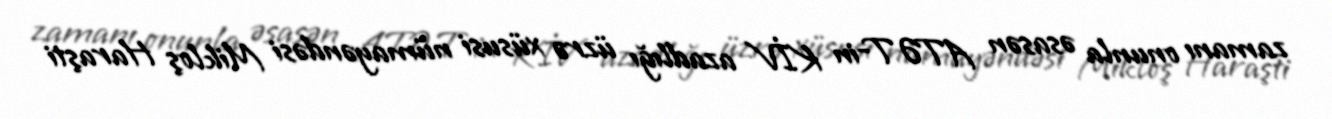
zamanı onunla əsasən ATƏT-in KİV azadlığı üzrə xüsusi nümayəndəsi Mikloş Haraşti